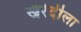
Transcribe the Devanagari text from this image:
खरेदीला